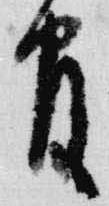
官